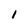
Character: I